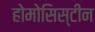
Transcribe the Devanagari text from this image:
होमोसिस्टीन